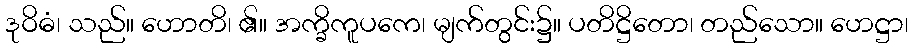
ဒုဝိဓံ၊ သည်။ ဟောတိ၊ ၏။ အက္ခိကူပကေ၊ မျက်တွင်း၌။ ပတိဋ္ဌိတော၊ တည်သော။ ဟေဋ္ဌာ၊